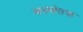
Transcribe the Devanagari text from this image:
मनमोराचा